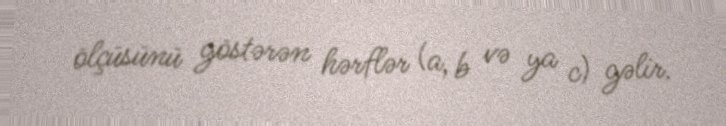
ölçüsünü göstərən hərflər (a, b və ya c) gəlir.